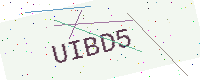
Text: UIBD5